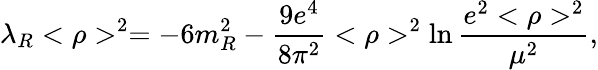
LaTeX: \lambda_{R}<\rho>^{2}=-6m_{R}^{2}-\frac{9e^{4}}{8\pi^{2}}<\rho>^{2}\ln\frac{e^{2}<\rho>^{2}}{\mu^{2}},